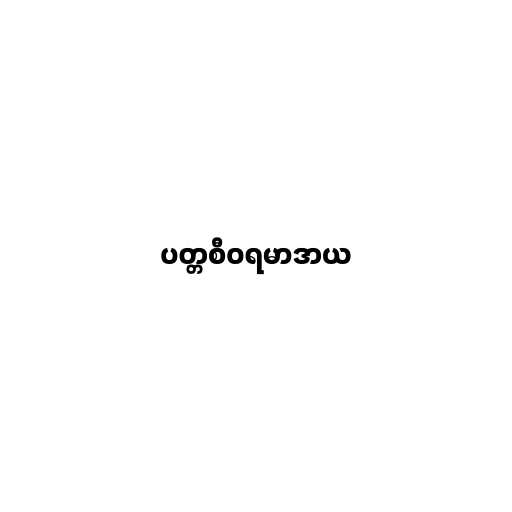
ပတ္တစီဝရမာဒာယ